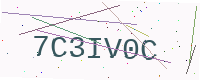
Text: 7C3IV0C